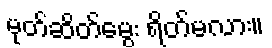
မုတ်ဆိတ်မွေး ရိတ်မလား။